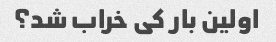
اولین بار کی خراب شد؟